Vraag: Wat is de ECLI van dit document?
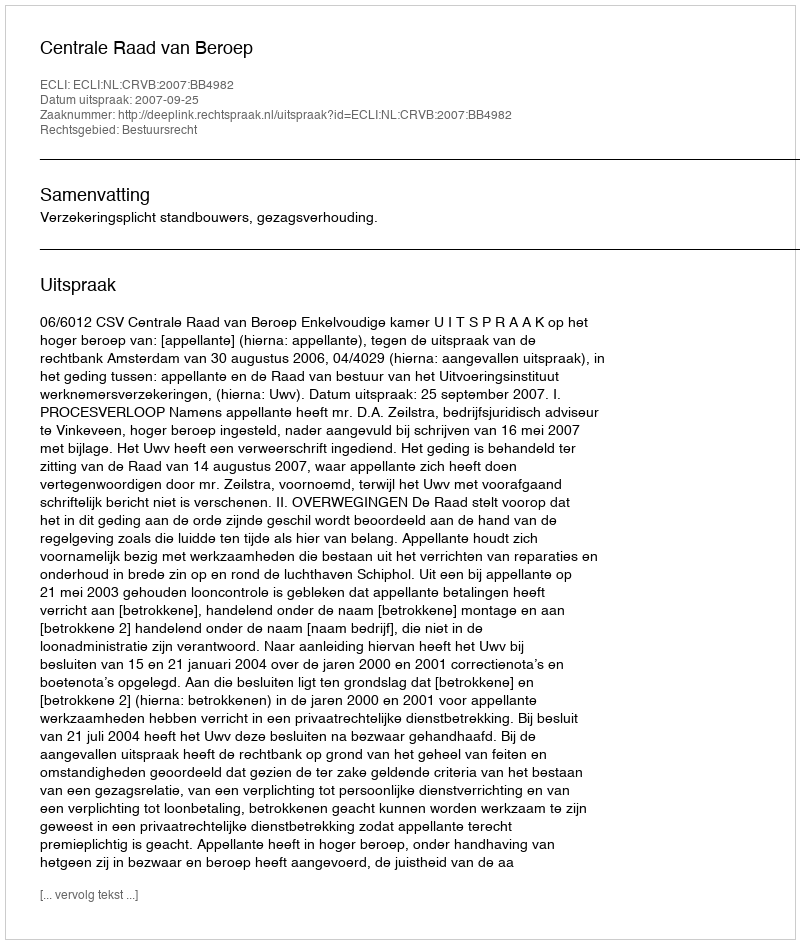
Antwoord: ECLI:NL:CRVB:2007:BB4982